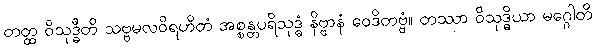
တတ္ထ ဝိသုဒ္ဓီတိ သဗ္ဗမလဝိရဟိတံ အစ္စန္တပရိသုဒ္ဓံ နိဗ္ဗာနံ ဝေဒိတဗ္ဗံ။ တဿာ ဝိသုဒ္ဓိယာ မဂ္ဂေါတိ